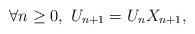
LaTeX: \begin{align*}\forall n\geq 0,~U_{n+1}=U_nX_{n+1},\end{align*}